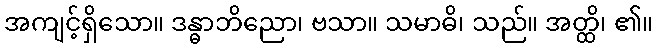
အကျင့်ရှိသော။ ဒန္ဓာဘိညော၊ ဗသာ။ သမာဓိ၊ သည်။ အတ္ထိ၊ ၏။